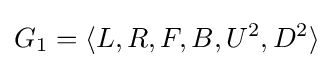
G_{1}=\langle L,R,F,B,U^{2},D^{2}\rangle